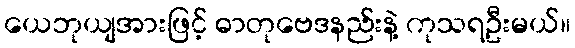
ယေဘုယျအားဖြင့် ဓာတုဗေဒနည်းနဲ့ ကုသရဦးမယ်။